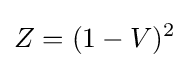
Z=(1-V)^{2}